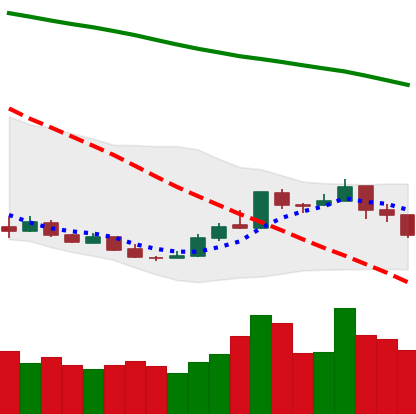
Ticker: XMR-USD
Chart end date: 2018-12-27
Forward return: 8.772%
Label: up_7plus